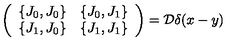
\left( \begin{array} { c c } { \{ J _ { 0 } , J _ { 0 } \} } & { \{ J _ { 0 } , J _ { 1 } \} } \\ { \{ J _ { 1 } , J _ { 0 } \} } & { \{ J _ { 1 } , J _ { 1 } \} } \\ \end{array} \right) = { \cal D } \delta ( x - y )